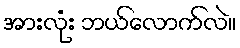
အားလုံး ဘယ်လောက်လဲ။